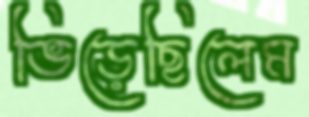
ভিড়েছিলেম